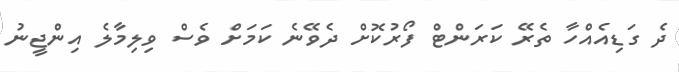
ދެ ގަޑިއެއްހާ ތެރޭ ކަރަންޓް ފޯރުކޮށް ދެވޭނެ ކަމަށް ވެސް ވިލިމާލެ އިންޖީނު